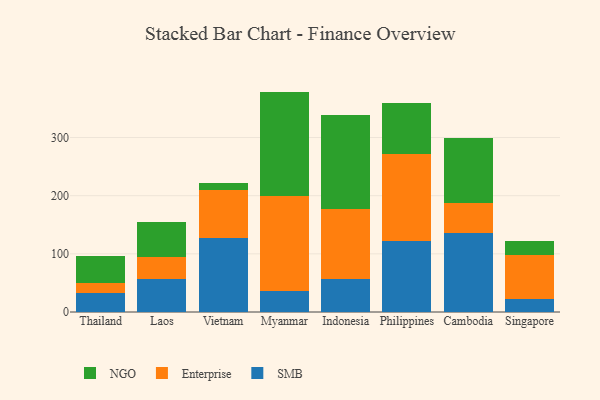
{"axis": {"x": "Country", "y": "Headcount"}, "legend": ["Enterprise", "NGO", "SMB"], "data": [{"x": "Thailand", "y": 33.3, "type": "SMB"}, {"x": "Thailand", "y": 17.4, "type": "Enterprise"}, {"x": "Thailand", "y": 46.3, "type": "NGO"}, {"x": "Laos", "y": 56.2, "type": "SMB"}, {"x": "Laos", "y": 38.4, "type": "Enterprise"}, {"x": "Laos", "y": 60.6, "type": "NGO"}, {"x": "Vietnam", "y": 126.4, "type": "SMB"}, {"x": "Vietnam", "y": 82.8, "type": "Enterprise"}, {"x": "Vietnam", "y": 12.2, "type": "NGO"}, {"x": "Myanmar", "y": 36.5, "type": "SMB"}, {"x": "Myanmar", "y": 163.0, "type": "Enterprise"}, {"x": "Myanmar", "y": 179.5, "type": "NGO"}, {"x": "Indonesia", "y": 56.5, "type": "SMB"}, {"x": "Indonesia", "y": 121.3, "type": "Enterprise"}, {"x": "Indonesia", "y": 160.4, "type": "NGO"}, {"x": "Philippines", "y": 122.9, "type": "SMB"}, {"x": "Philippines", "y": 148.4, "type": "Enterprise"}, {"x": "Philippines", "y": 87.8, "type": "NGO"}, {"x": "Cambodia", "y": 136.6, "type": "SMB"}, {"x": "Cambodia", "y": 50.5, "type": "Enterprise"}, {"x": "Cambodia", "y": 111.9, "type": "NGO"}, {"x": "Singapore", "y": 22.5, "type": "SMB"}, {"x": "Singapore", "y": 76.3, "type": "Enterprise"}, {"x": "Singapore", "y": 22.7, "type": "NGO"}]}